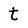
Character: t